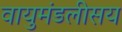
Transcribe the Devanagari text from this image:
वायुमंडलीसय